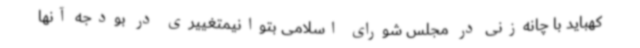
کهباید با چانه‌زنی در مجلس شورای اسلامی بتوانیمتغییری در بودجه آنها